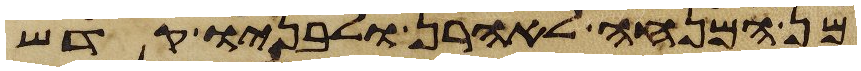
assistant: מן המנחה לאהרן ולבניו קדש